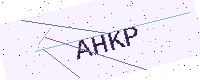
Text: AHKP